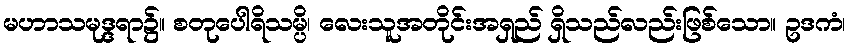
မဟာသမုဒ္ဒရာ၌။ စတုပေါရိသမ္ပိ၊ လေးသူအတိုင်းအရှည် ရှိသည်လည်းဖြစ်သော။ ဥဒကံ၊